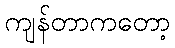
ကျန်တာကတော့